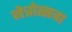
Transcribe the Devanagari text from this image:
नेत्रोत्सवा